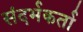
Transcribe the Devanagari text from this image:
संदर्भकर्ता